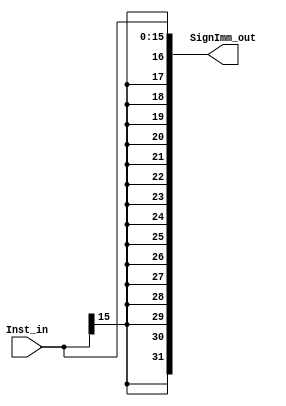
module Sign_Extend (
    input wire [15:0]   Inst_in,
    output wire [31:0]  SignImm_out
);
    assign SignImm_out = {{16{Inst_in[15]}} , Inst_in[15:0]};
endmodule